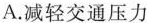
A.减轻交通压力